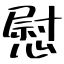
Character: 慰